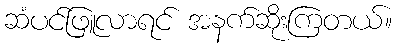
ဆံပင်ဖြူလာရင် အနက်ဆိုးကြတယ်။